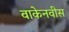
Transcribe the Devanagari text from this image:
वाकेनवीस